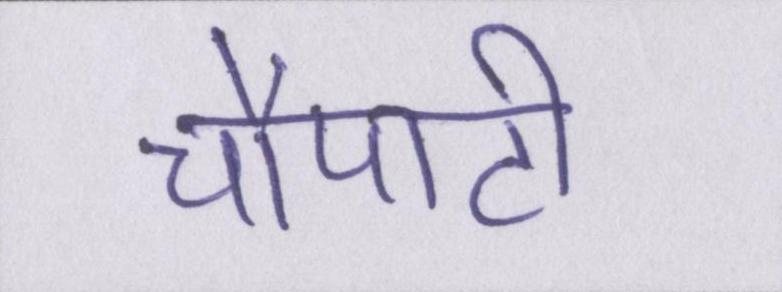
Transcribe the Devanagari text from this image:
चौपाटी